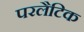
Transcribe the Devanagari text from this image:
परलैटिक